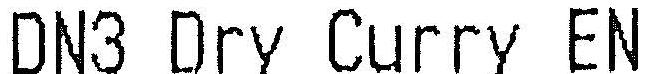
DN3 DRY CURRY EN